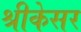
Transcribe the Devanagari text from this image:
श्रीकेसर